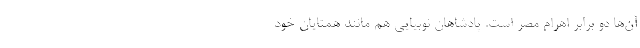
آن‌ها دو برابر اهرام مصر است. پادشاهان نوبیایی هم مانند همتایان خود